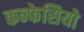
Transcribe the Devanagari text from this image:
कन्फेसियो